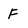
Character: F